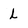
Character: L